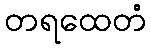
တရထေတံ